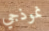
نموذجي